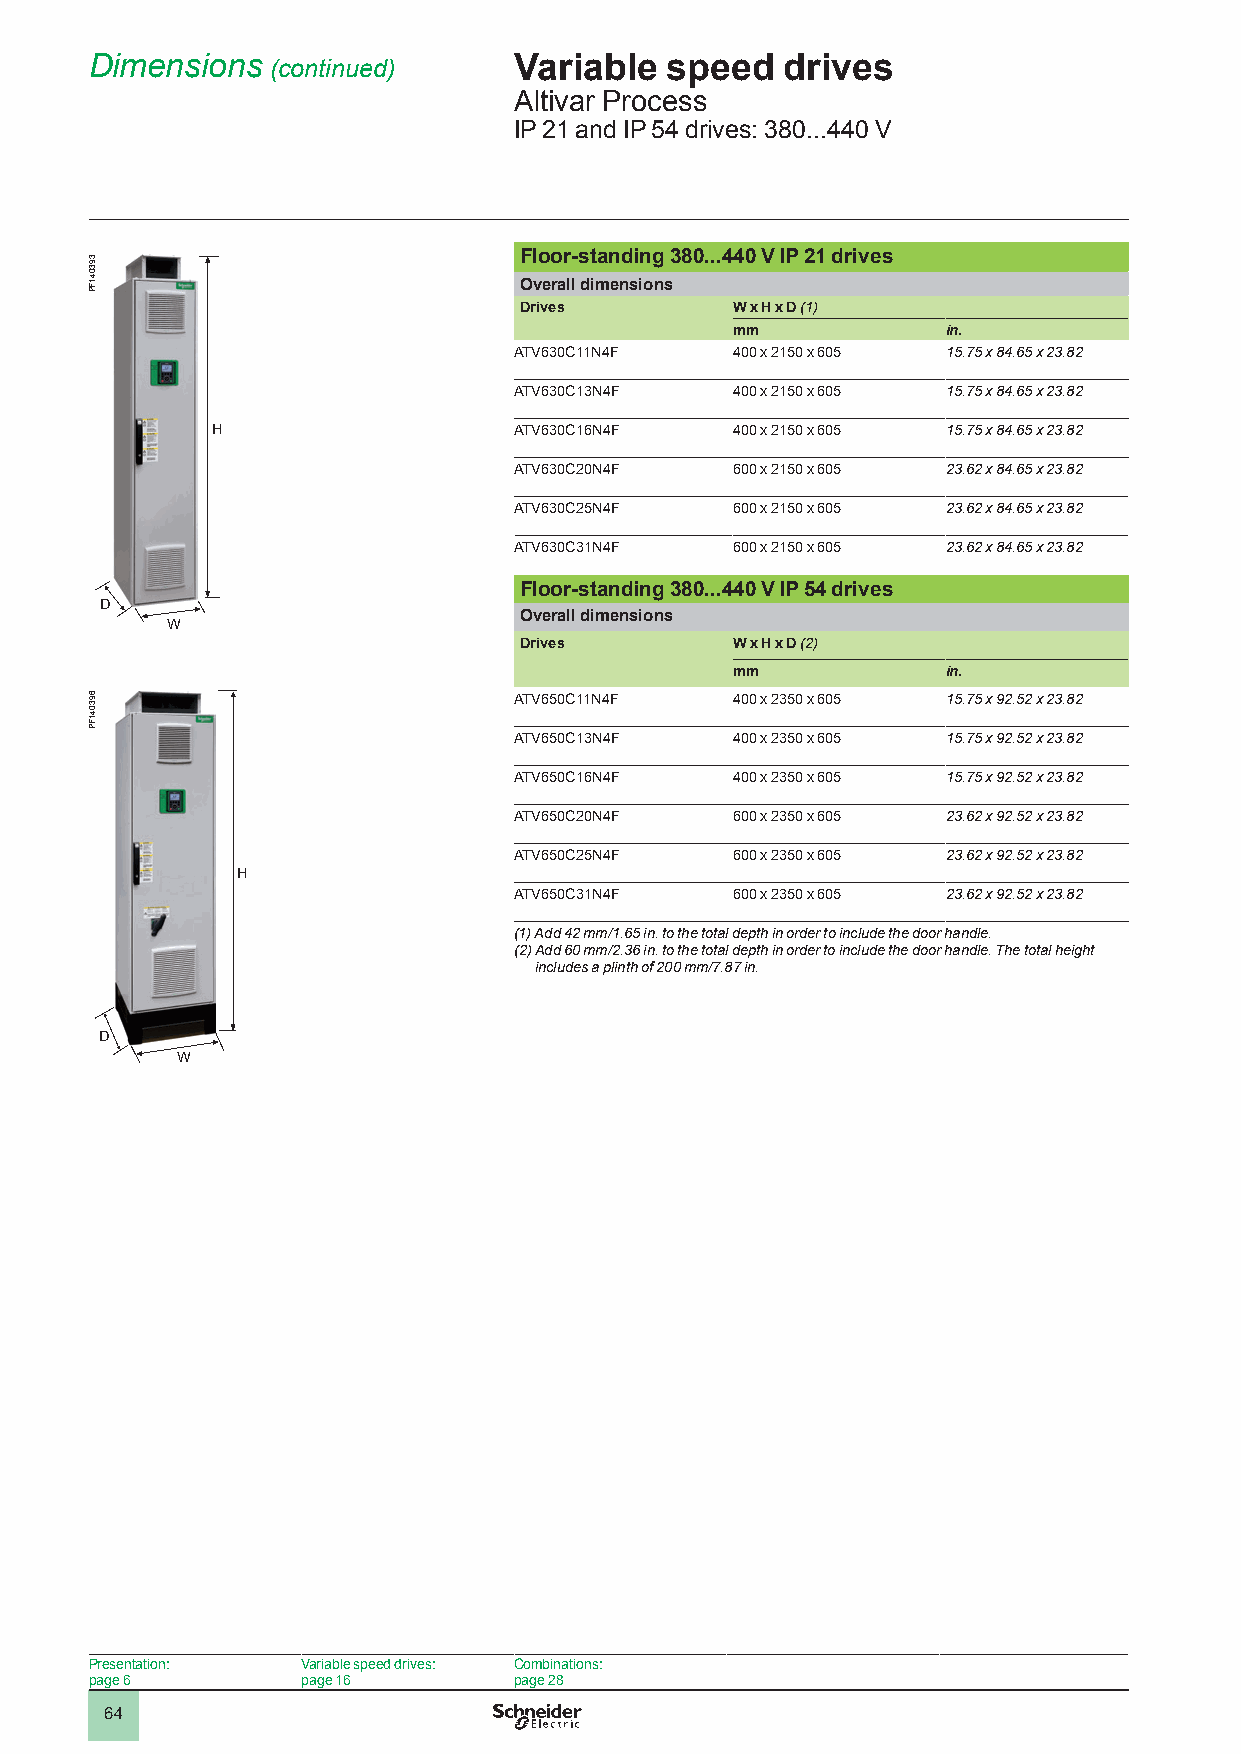
Dimensions  (continued)     Variable  speed   drives
 Altivar Process
 IP 21 and IP 54 drives: 380...440 V
 Floor-standing 380...440 V IP 21 drives
 Overall dimensions
 Drives        W x H x D (1)
 mm             in.
 ATV630C11N4F  400 x 2150 x 605 15.75 x 84.65 x 23.82
 ATV630C13N4F  400 x 2150 x 605 15.75 x 84.65 x 23.82
 H                   ATV630C16N4F  400 x 2150 x 605 15.75 x 84.65 x 23.82
 ATV630C20N4F  600 x 2150 x 605 23.62 x 84.65 x 23.82
 ATV630C25N4F  600 x 2150 x 605 23.62 x 84.65 x 23.82
 ATV630C31N4F  600 x 2150 x 605 23.62 x 84.65 x 23.82
 Floor-standing 380...440 V IP 54 drives
 D
 Overall dimensions
 W
 Drives        W x H x D (2)
 mm             in.
 ATV650C11N4F  400 x 2350 x 605 15.75 x 92.52 x 23.82
 ATV650C13N4F  400 x 2350 x 605 15.75 x 92.52 x 23.82
 ATV650C16N4F  400 x 2350 x 605 15.75 x 92.52 x 23.82
 ATV650C20N4F  600 x 2350 x 605 23.62 x 92.52 x 23.82
 ATV650C25N4F  600 x 2350 x 605 23.62 x 92.52 x 23.82
 H
 ATV650C31N4F  600 x 2350 x 605 23.62 x 92.52 x 23.82
 (1) Add 42 mm/1.65 in. to the total depth in order to include the door handle.
 (2) Add 60 mm/2.36 in. to the total depth in order to include the door handle. The total height
 includes a plinth of 200 mm/7.87 in.
 D
 W
 Presentation: Variable speed drives: Combinations:
 page 6        page 16       page 28
 64
 393041FP
 693041FP